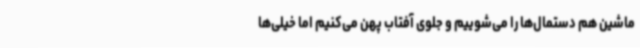
ماشین هم دستمال‌ها را می‌شوییم و جلوی آفتاب پهن می‌کنیم اما خیلی‌ها